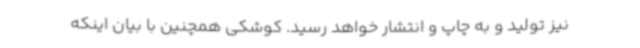
نیز تولید و به چاپ و انتشار خواهد رسید. کوشکی همچنین با بیان اینکه